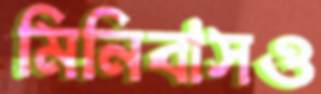
মিনিবাসও